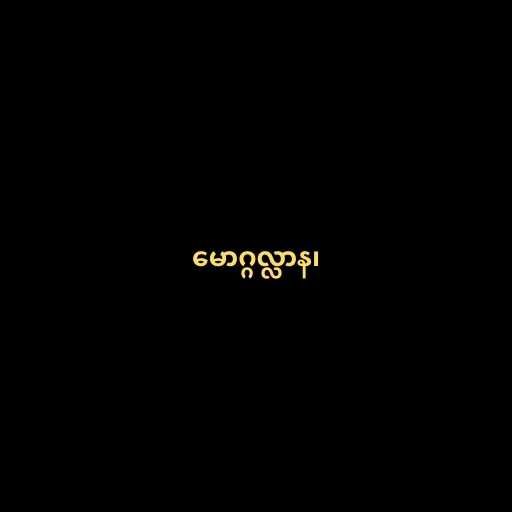
မောဂ္ဂလ္လာန၊